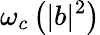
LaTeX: \omega_{c}\left(|b|^{2}\right)